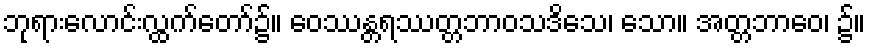
ဘုရားလောင်းလ္ထက်တော်၌။ ဝေဿန္တရဿတ္တဘာဝသဒိသေ၊ သော။ အတ္တဘာဝေ၊ ၌။